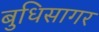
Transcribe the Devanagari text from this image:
बुधिसागर